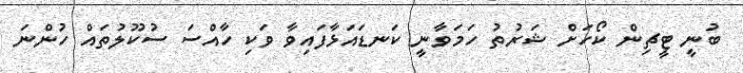
ބުނީ ޓީޗިން ކޯހަށް ޝަރުތު ހަމަވާނީ ކަނޑައަޅާފައިވާ ވަކި ހާއްސަ ސުކޫލުތައް ހުންނަ